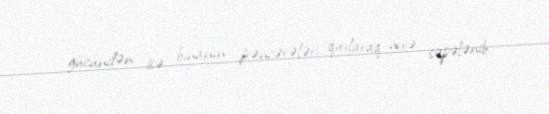
gücündən isə binanın pəncərələri qırılaraq yerə səpələnib.